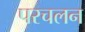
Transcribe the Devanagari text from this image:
परचलन